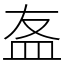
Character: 𥁊